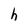
Character: h